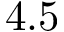
4 . 5